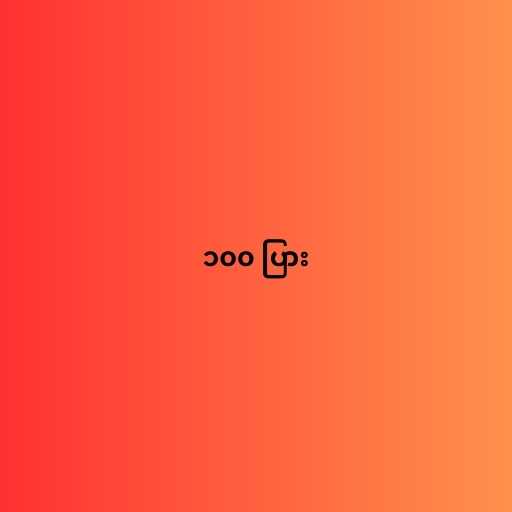
၁၀၀ ပြား